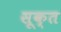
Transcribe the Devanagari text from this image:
सूक्‍त